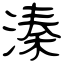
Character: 溱